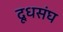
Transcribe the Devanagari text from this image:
दूधसंघ